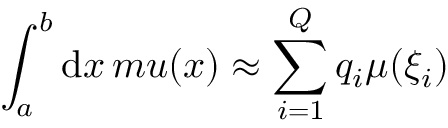
\int _ { a } ^ { b } \mathrm { d } x \, m u ( x ) \approx \sum _ { i = 1 } ^ { Q } q _ { i } \mu ( \xi _ { i } )